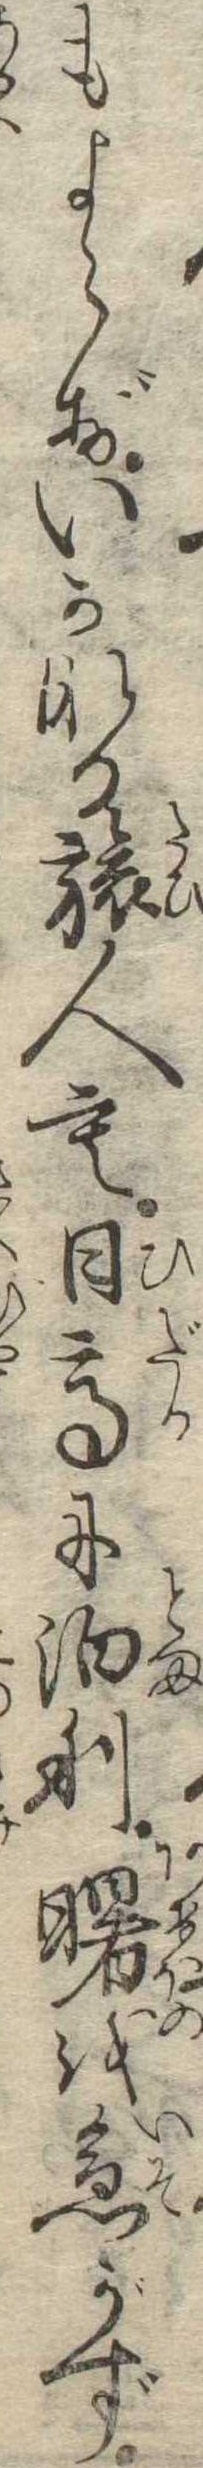
もよらずいかなる旅人も日高に泊り曙を急がず